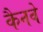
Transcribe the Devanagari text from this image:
कैनवे